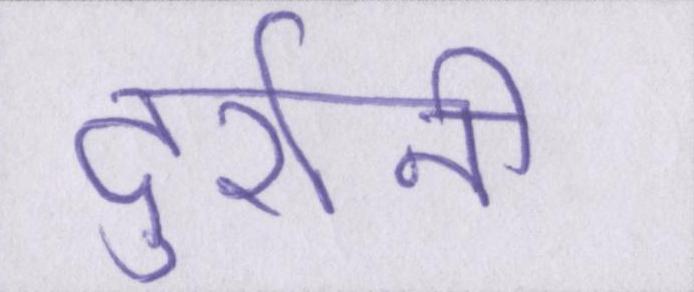
दुर्रानी